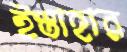
ইস্তাহার